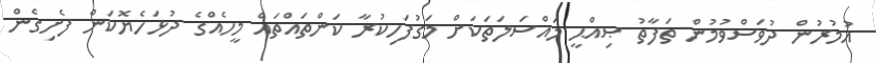
އުމުރުން ދުވަސްވުމުން ތަފާތު ޞިއްޙީ މައްސަލަތަކަށް މަގުފަހިކުރާ ކަންތައްތައް މީހެއްގެ ދުޅަހެޔޮކަން ފެށިގެން